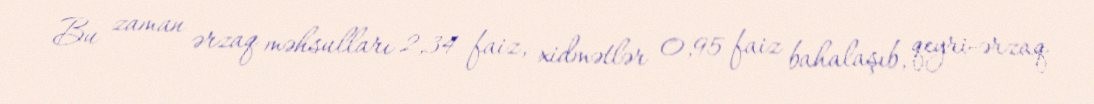
Bu zaman ərzaq məhsulları 2,34 faiz, xidmətlər 0,95 faiz bahalaşıb, qeyri-ərzaq